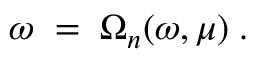
\omega \; = \; \Omega _ { n } ( \omega , \mu ) \; .